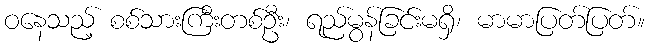
ဝနေသည့် စစ်သားကြီးတစ်ဦး၊ ရည်မွန်ခြင်းမရှိ၊ မာမာပြတ်ပြတ်။